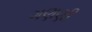
ગણણી